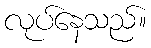
လုပ်နေသည်။